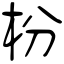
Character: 枌